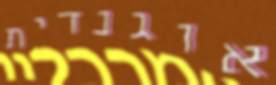
אוגנדית